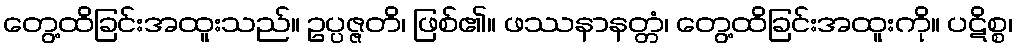
တွေ့ထိခြင်းအထူးသည်။ ဥပ္ပဇ္ဇတိ၊ ဖြစ်၏။ ဖဿနာနတ္တံ၊ တွေ့ထိခြင်းအထူးကို။ ပဋိစ္စ၊